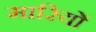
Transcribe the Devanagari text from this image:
मारियों